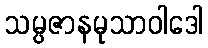
သမ္ပဇာနမုသာဝါဒေါ